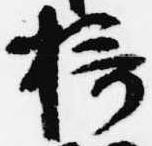
摂